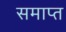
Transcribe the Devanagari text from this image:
समाप्त